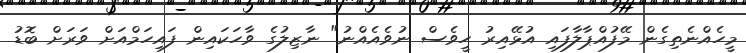
މީހެއްނެތިގެން މޭފުއްޕާލާފައި އުޅޭއިރު ހީވެސް ނުވެއެއްނު" ނާޒިލުގެ ވާހަކައިން ފައިހަމްއަށް ވަރަށް ބޮޑު